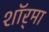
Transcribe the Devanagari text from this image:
शॉर्‌मा